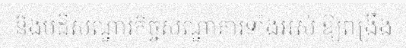
និងបដិសណ្ឋារកិច្ចសណ្ឋាគារទាំងអស់ ឱ្យពង្រឹង